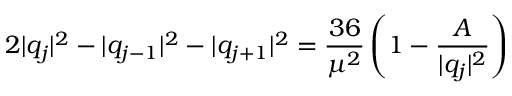
2 | q _ { j } | ^ { 2 } - | q _ { j - 1 } | ^ { 2 } - | q _ { j + 1 } | ^ { 2 } = { \frac { 3 6 } { \mu ^ { 2 } } } \left( 1 - { \frac { A } { | q _ { j } | ^ { 2 } } } \right)